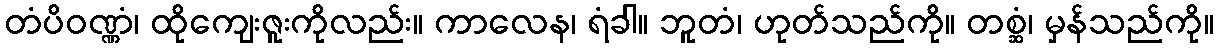
တံပိဝဏ္ဏံ၊ ထိုကျေးဇူးကိုလည်း။ ကာလေန၊ ရံခါ။ ဘူတံ၊ ဟုတ်သည်ကို။ တစ္ဆံ၊ မှန်သည်ကို။